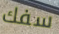
سفك